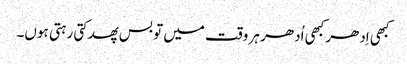
کبھی اِدھر کبھی اُدھر ہر وقت میں تو بس پھدکتی رہتی ہوں۔